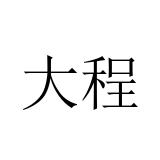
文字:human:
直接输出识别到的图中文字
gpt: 大程